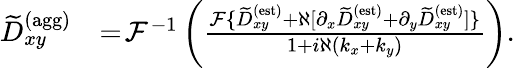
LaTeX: \begin{array}{rl}{\widetilde{D}_{xy}^{\textrm{(agg)}}}&{=\! \mathcal{F}^{-1}\left(\frac{\mathcal{F}\{ \widetilde{D}_{xy}^{\textrm{(est)}}+\aleph[\partial_{x}\widetilde{D}_{xy}^{\textrm{(est)}}+\partial_{y}\widetilde{D}_{xy}^{\textrm{(est)}}]\} }{1+i\aleph(k_{x}+k_{y})}\right).}\end{array}